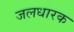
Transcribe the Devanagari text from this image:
जलधारक